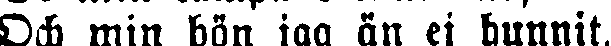
Och min bön jag än ej hunnit,